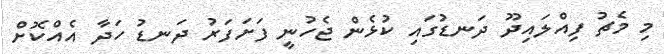
މި މެޗު ފިއްލައިދޫ ދަނޑުގައި ކުޅެން ޖެހުނީ ފަށަފަރު ދަނޑު ހަދާ އެއްކޮށް